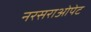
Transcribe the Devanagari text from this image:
नरसराओपेट